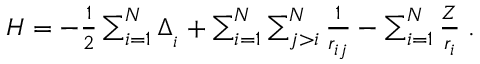
\begin{array} { r } { H = - \frac { 1 } { 2 } \sum _ { i = 1 } ^ { N } \Delta _ { _ i } + \sum _ { i = 1 } ^ { N } \sum _ { j > i } ^ { N } \frac { 1 } { r _ { i j } } - \sum _ { i = 1 } ^ { N } \frac { Z } { r _ { i } } \; . } \end{array}